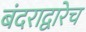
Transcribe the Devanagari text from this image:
बंदराद्वारेच